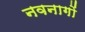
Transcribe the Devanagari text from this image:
नवनागों